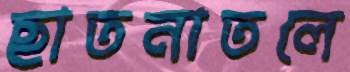
ছাতনাতলে